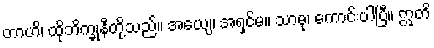
တာဟိ၊ ထိုဘိက္ခုနီတို့သည်။ အယျေ၊ အရှင်မ။ သာဓု၊ ကောင်းပါပြီ။ ဣတိ